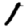
Digit: 1